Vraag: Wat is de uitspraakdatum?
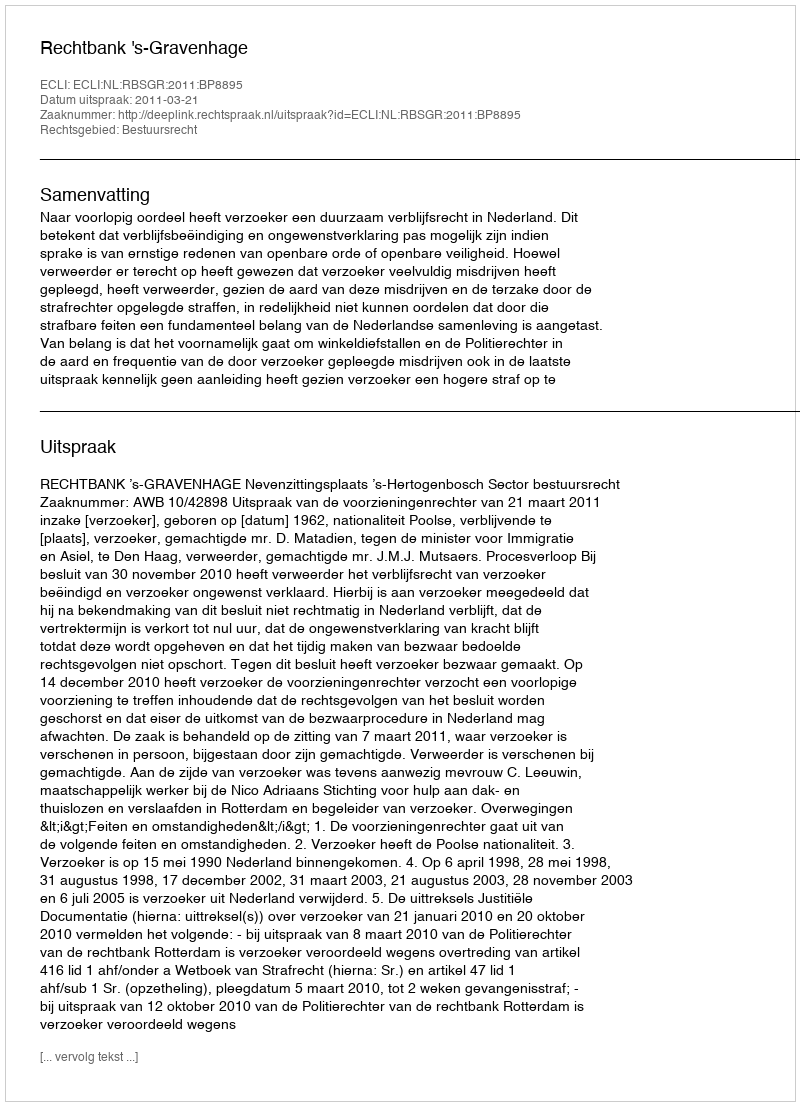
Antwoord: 2011-03-21